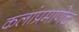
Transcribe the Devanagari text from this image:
कलांप्रमाणेच